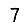
Digit: 7